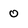
Character: 0